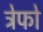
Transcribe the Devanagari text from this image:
ट्रेफो